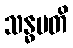
သန္ဓမတိ